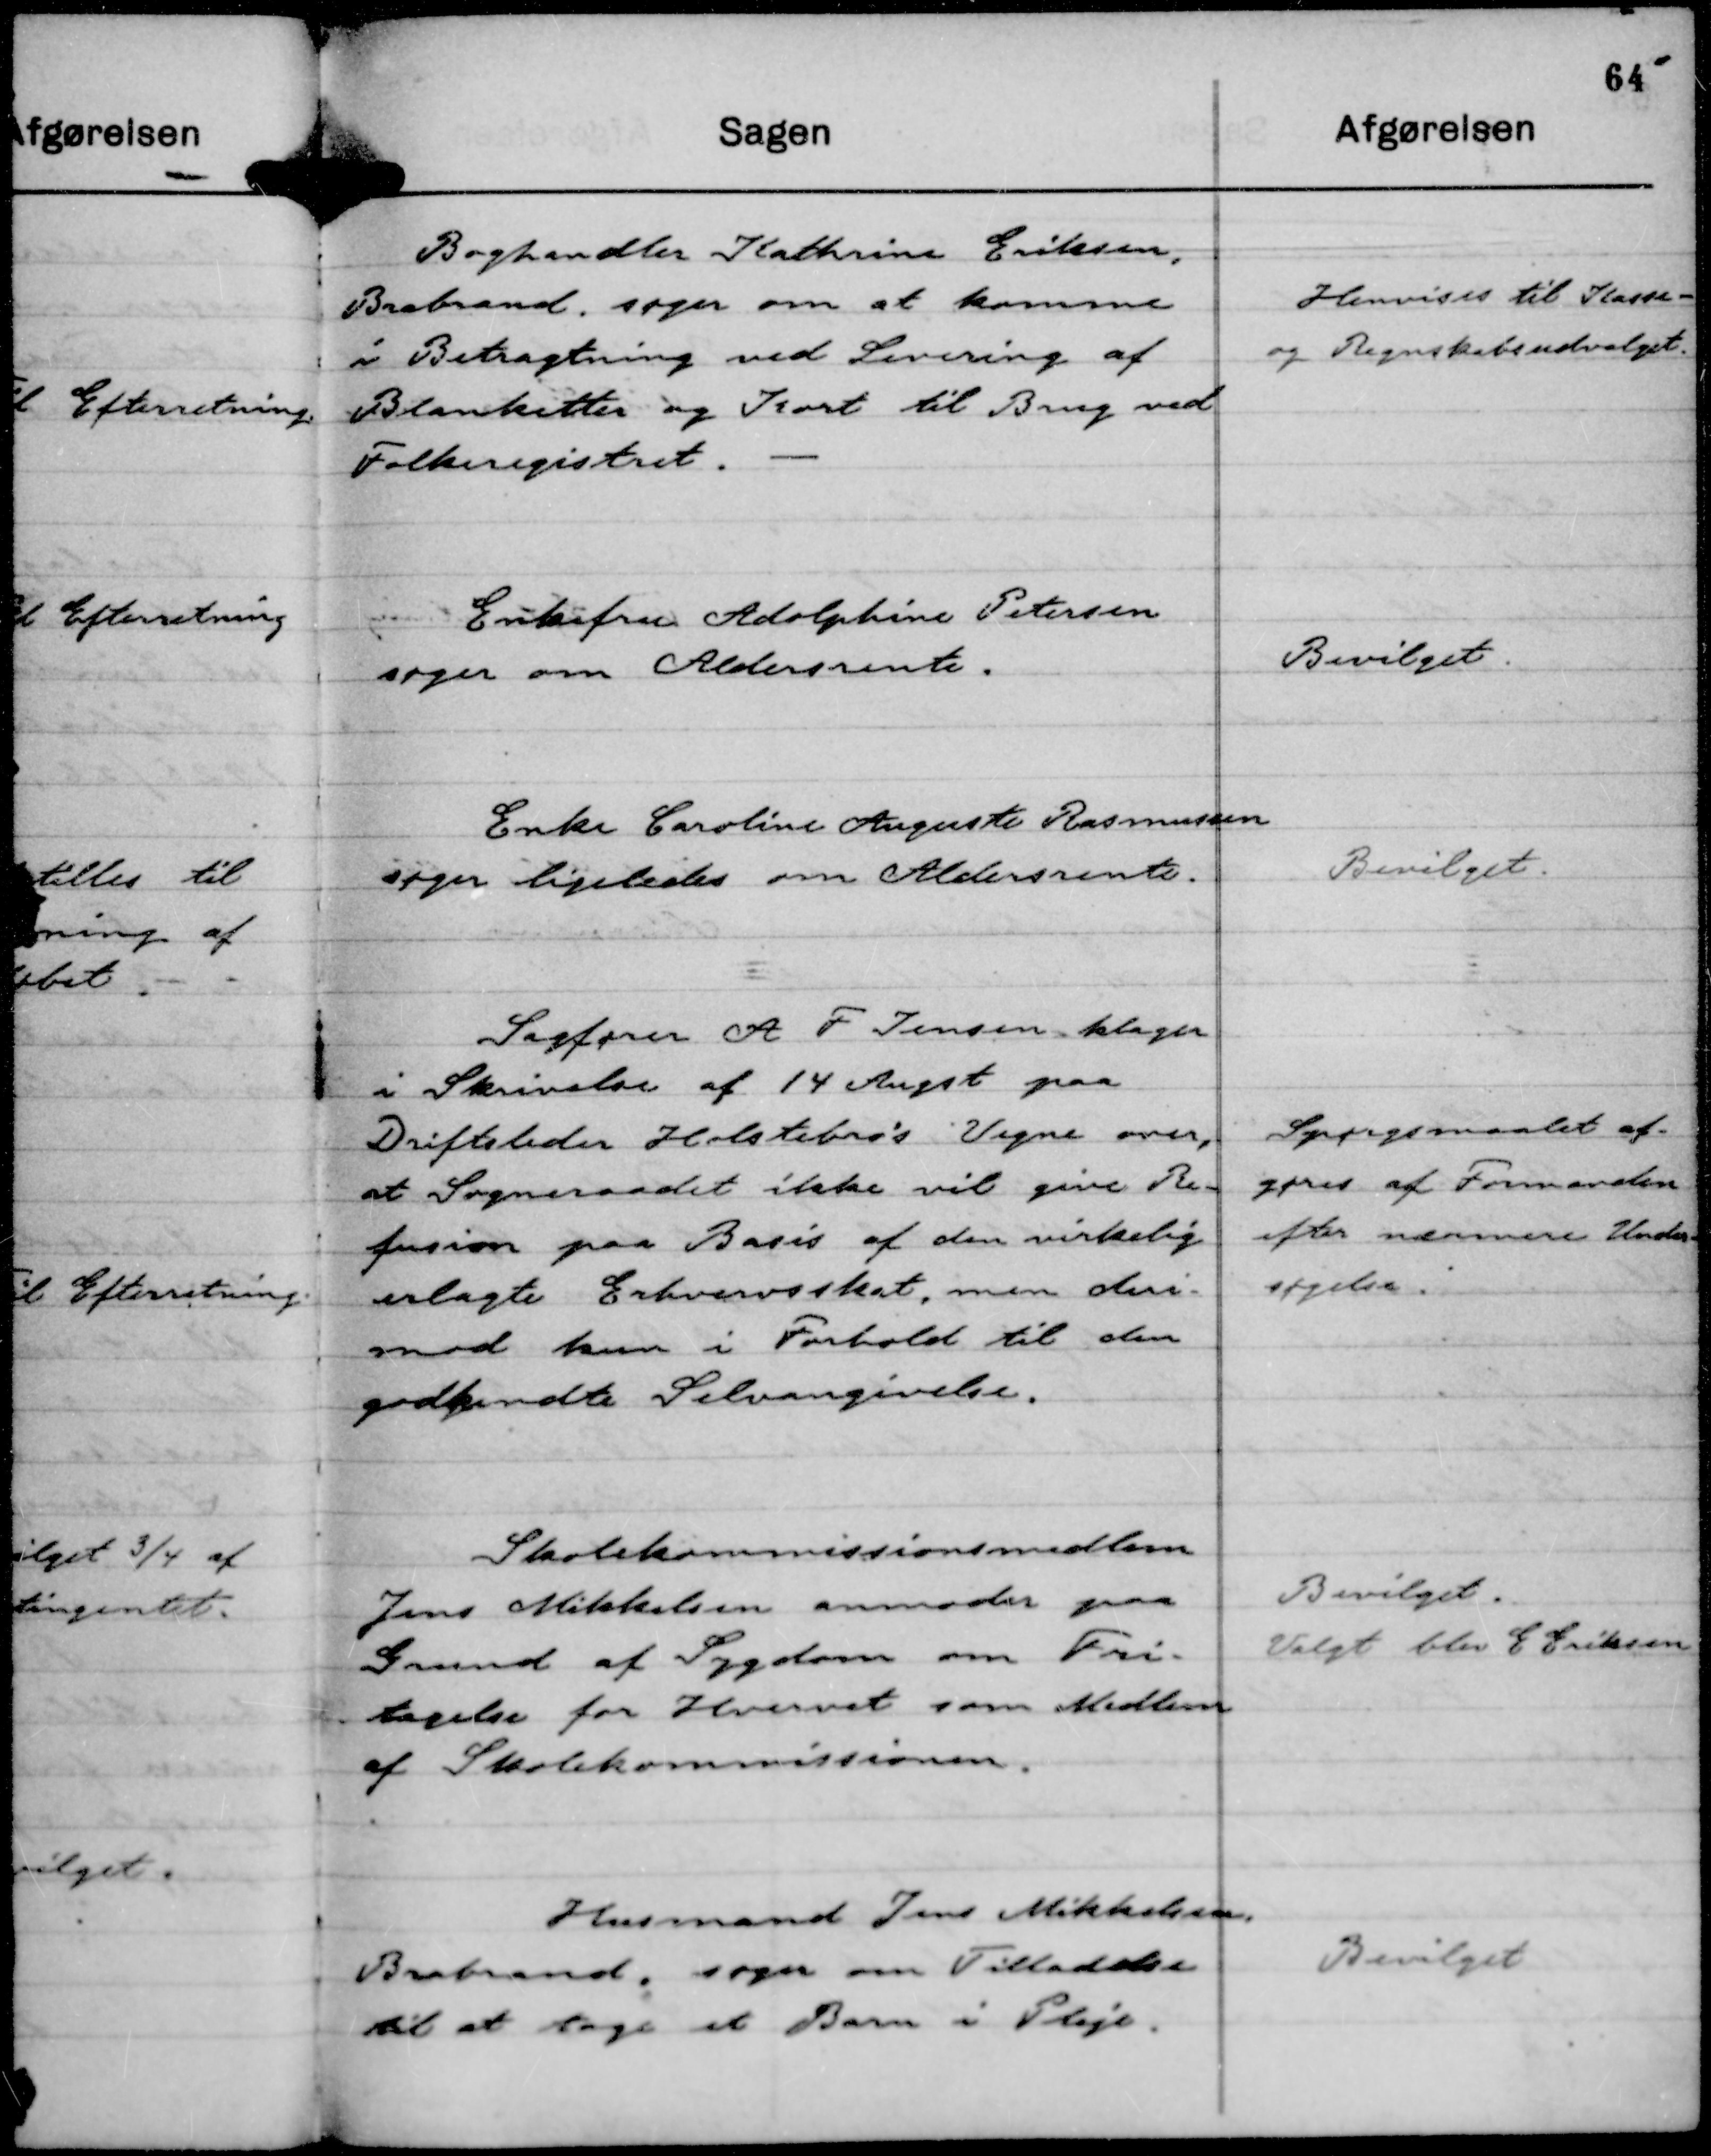
Transskription:
Boghandler Kathrine Eriksen,
Brabrand, søger om at komme
i Betragtning ved Levering af
Blanketter og Kort til Brug ved
Folkeregistret.

Henvises til Kasse-
og Regnskabsudvalget.

Enkefru Adolphine Petersen
søger om Aldersrente.

Bevilget.

Enke Caroline Auguste Rasmussen
søger ligeledes om Aldersrente.

Bevilget.

Sagfører A F Jensen klager
i Skrivelse af 14 Augst paa
Driftsleder Holstebro's Vegne over,
at Sogneraadet ikke vil give Re-
fusion paa Basis af den virkelig
erlagte Erhvervsskat, men deri-
mod kun i Forhold til den
godkendte Selvangivelse.

Spørgsmaalet af-
gøres af Formanden
efter nærmere Under-
søgelse.

Skolekommissionsmedlem
Jens Mikkelsen anmoder paa
Grund af Sygdom om Fri-
tagelse for Hvervet som Medlem
af Skolekommissionen.

Bevilget.
Valgt blev E Eriksen

Husmand Jens Mikkelsen,
Brabrand, søger om Tilladelse
til at tage et Barn i Pleje.

Bevilget